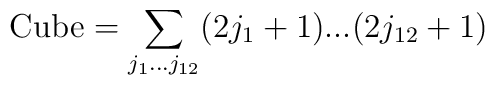
{\rm Cube}=\sum_{j_1...j_{12}}(2j_1+1)...(2j_{12}+1)